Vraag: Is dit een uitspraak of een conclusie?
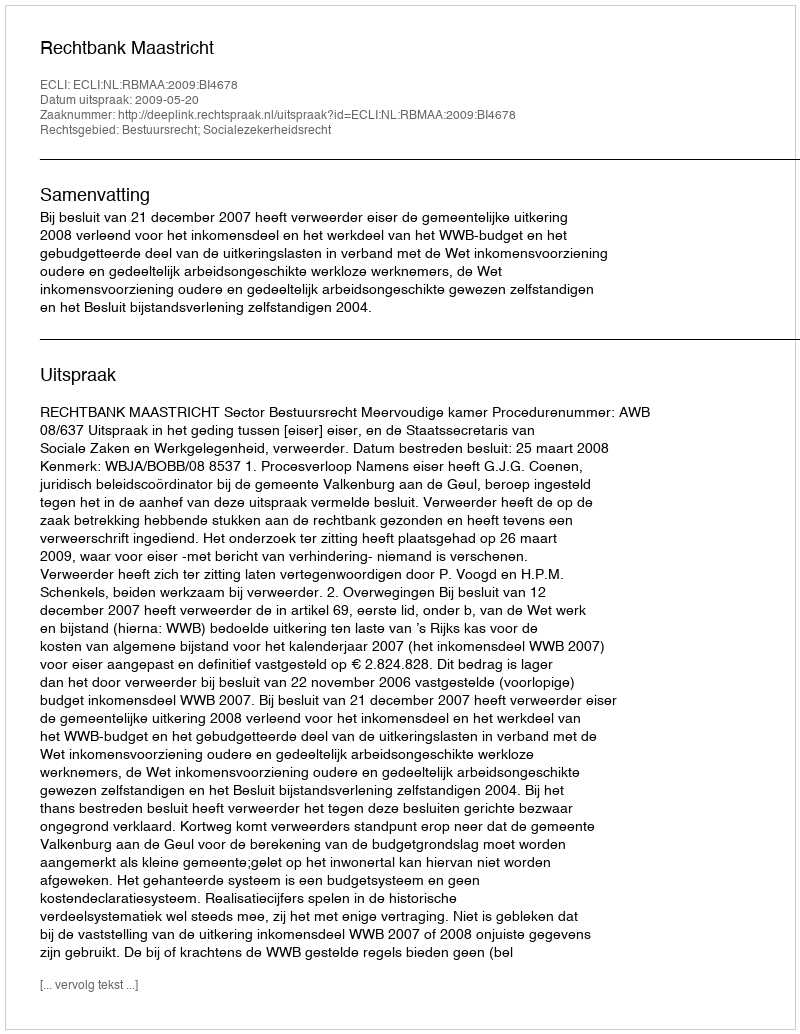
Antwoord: Uitspraak